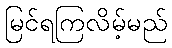
မြင်ရကြလိမ့်မည်